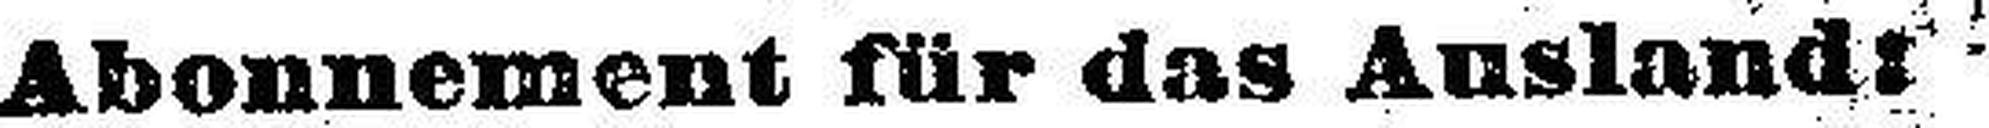
Abonnement für das Ausland: